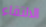
الالتقاء